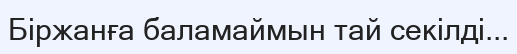
Біржанға баламаймын тай секілді...